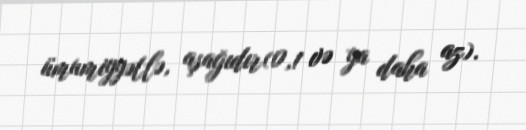
ümumiyyətlə, aşağıdır(0,1 və ya daha az).